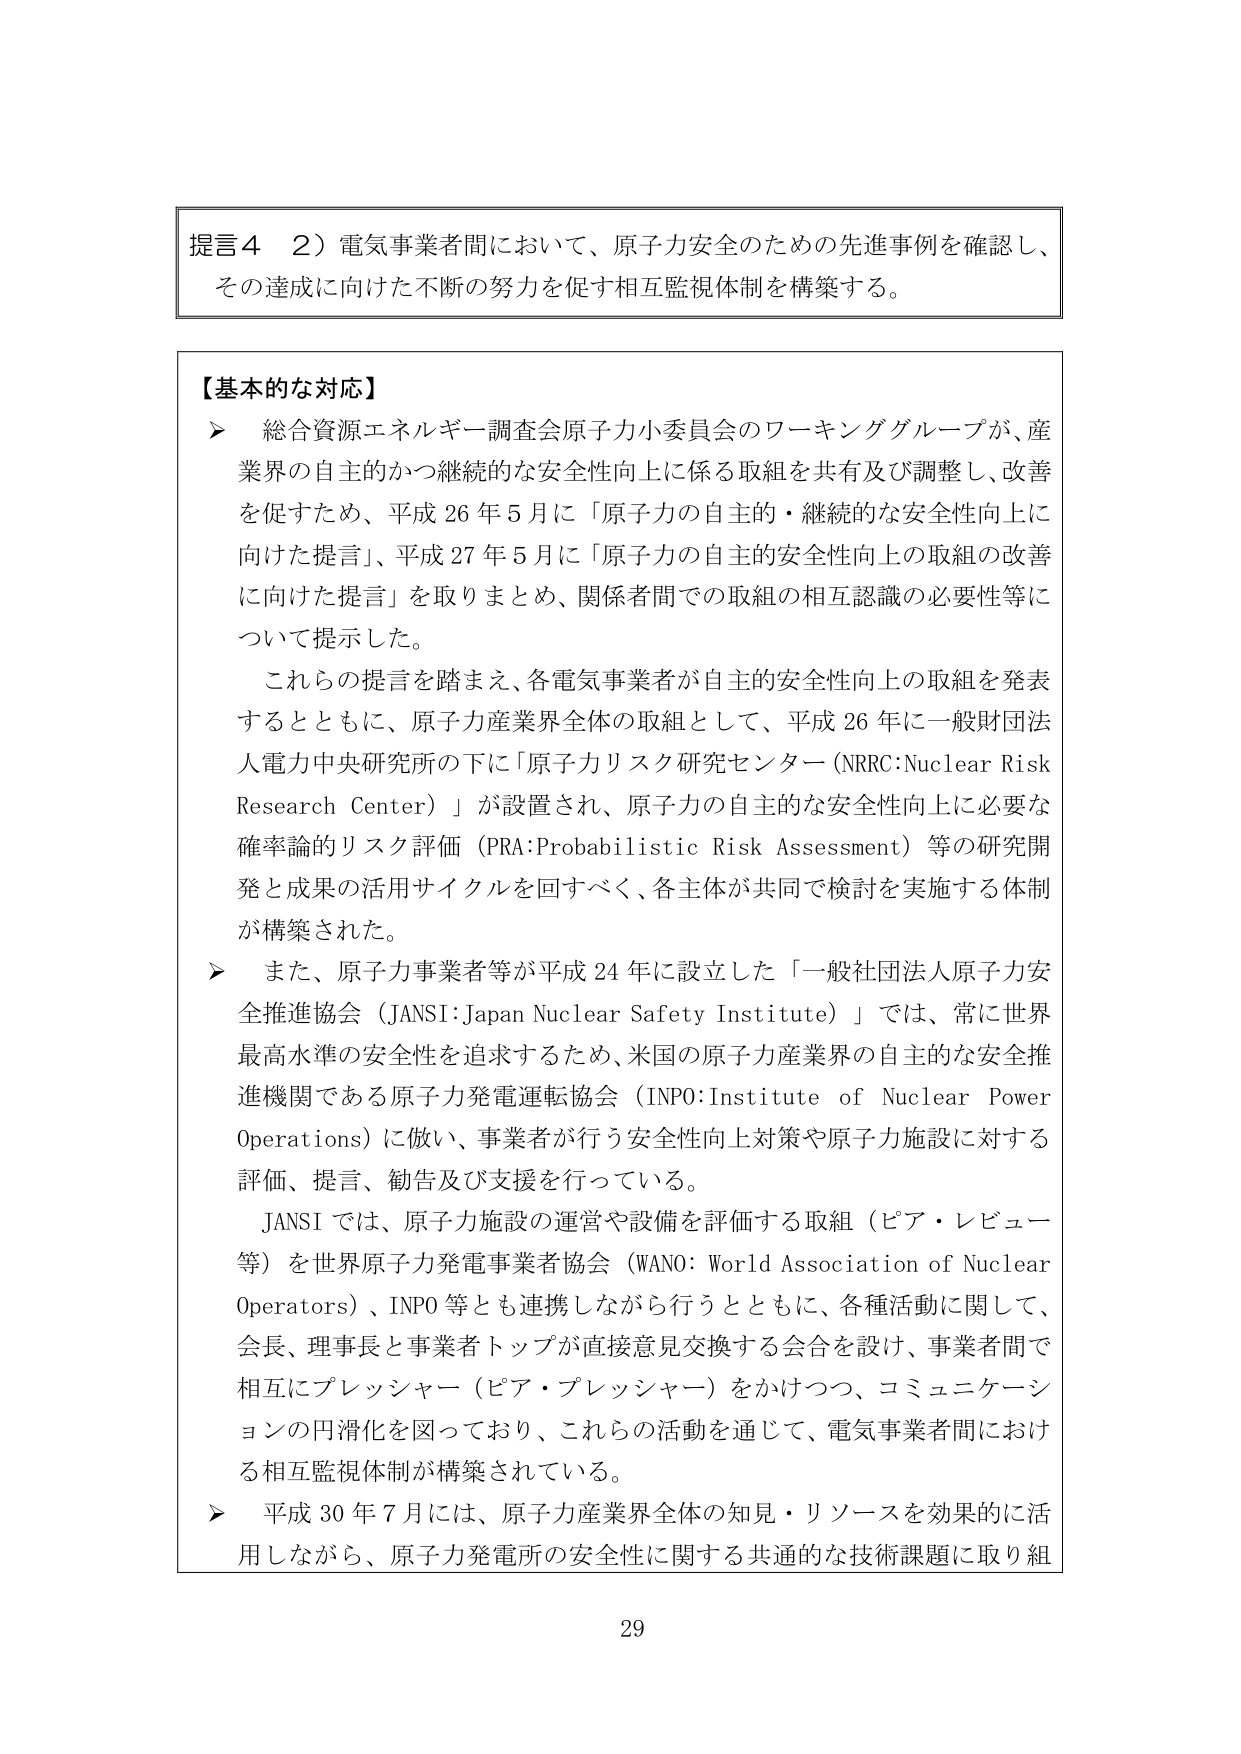
提言４　２）電気事業者間において、原子力安全のための先進事例を確認し、
その達成に向けた不断の努力を促す相互監視体制を構築する。

【基本的な対応】
➤　総合資源エネルギー調査会原子力小委員会のワーキンググループが、産業界の自主的かつ継続的な安全性向上に係る取組を共有及び調整し、改善を促すため、平成26年5月に「原子力の自主的・継続的な安全性向上に向けた提言」、平成27年5月に「原子力の自主的安全性向上の取組の改善に向けた提言」を取りまとめ、関係者間での取組の相互認識の必要性等について提示した。
　　これらの提言を踏まえ、各電気事業者が自主的安全性向上の取組を発表するとともに、原子力産業界全体の取組として、平成26年に一般財団法人電力中央研究所の下に「原子力リスク研究センター（NRRC：Nuclear Risk Research Center）」が設置され、原子力の自主的な安全性向上に必要な確率論的リスク評価（PRA：Probabilistic Risk Assessment）等の研究開発と成果の活用サイクルを回すべく、各主体が共同で検討を実施する体制が構築された。
➤　また、原子力事業者等が平成24年に設立した「一般社団法人原子力安全推進協会（JANSI：Japan Nuclear Safety Institute）」では、常に世界最高水準の安全性を追求するため、米国の原子力産業界の自主的な安全推進機関である原子力発電運転協会（INPO：Institute of Nuclear Power Operations）に倣い、事業者が行う安全性向上対策や原子力施設に対する評価、提言、勧告及び支援を行っている。
　　JANSIでは、原子力施設の運営や設備を評価する取組（ピア・レビュー等）を世界原子力発電事業者協会（WANO：World Association of Nuclear Operators）、INPO等とも連携しながら行うとともに、各種活動に関して、会長、理事長と事業者トップが直接意見交換する会合を設け、事業者間で相互にプレッシャー（ピア・プレッシャー）をかけつつ、コミュニケーションの円滑化を図っており、これらの活動を通じて、電気事業者間における相互監視体制が構築されている。
➤　平成30年7月には、原子力産業界全体の知見・リソースを効果的に活用しながら、原子力発電所の安全性に関する共通的な技術課題に取り組

29